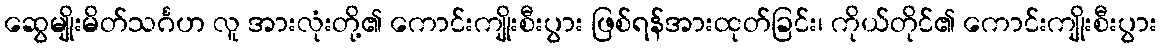
ဆွေမျိုးမိတ်သင်္ဂဟ လူ အားလုံးတို့၏ ကောင်းကျိုးစီးပွား ဖြစ်ရန်အားထုတ်ခြင်း၊ ကိုယ်တိုင်၏ ကောင်းကျိုးစီးပွား